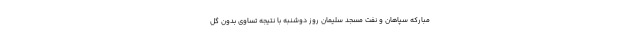
مبارکه سپاهان و نفت مسجد سلیمان روز دوشنبه با نتیجه تساوی بدون گل